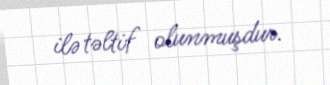
ilə təltif olunmuşdur.